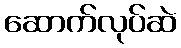
ဆောက်လုပ်ဆဲ